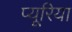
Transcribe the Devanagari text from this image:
प्यूरिया